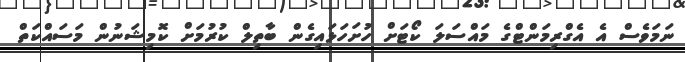
ނަމަވެސް އެ އެގްރިމަންޓްގެ މައްސަލަ ކޯޓަށް ހުށަހަޅައިގެން ބާތިލް ކުރުމަށް ކޮމިޝަނުން މަސައްކަތް